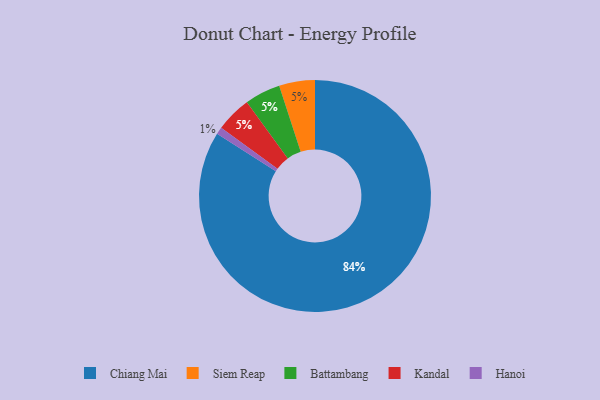
{"axis": {"x": "Category", "y": "Percentage"}, "legend": ["Battambang", "Chiang Mai", "Hanoi", "Kandal", "Siem Reap"], "data": [{"x": "Hanoi", "y": 1, "type": "Hanoi"}, {"x": "Siem Reap", "y": 5, "type": "Siem Reap"}, {"x": "Chiang Mai", "y": 84, "type": "Chiang Mai"}, {"x": "Battambang", "y": 5, "type": "Battambang"}, {"x": "Kandal", "y": 5, "type": "Kandal"}]}